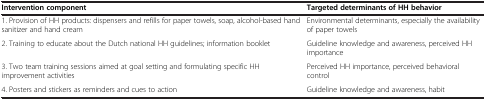
| Intervention component | Targeted determinants of HH behavior |
 | --- | --- |
 | 1. Provision of HH products: dispensers and refills for paper towels, soap, alcohol-based hand sanitizer and hand cream | Environmental determinants, especially the availability of paper towels |
 | 2. Training to educate about the Dutch national HH guidelines; information booklet | Guideline knowledge and awareness, perceived HH importance |
 | 3. Two team training sessions aimed at goal setting and formulating specific HH improvement activities | Perceived HH importance, perceived behavioral control |
 | 4. Posters and stickers as reminders and cues to action | Guideline knowledge and awareness, habit |